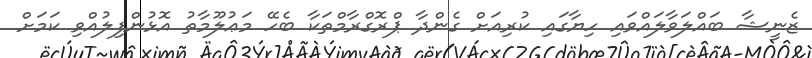
ޒެނީޝާ ބައްލަވާލައްވައި ހިޔާގައި ކުރިއަށް ގެންދާ ޕްރޮގްރާމްތަކާ ބެހޭ މަޢުލޫމާތު އޮޅުންފިލުއްވި ކަމަށް